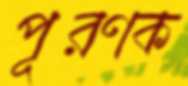
পূরণক